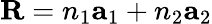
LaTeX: \textbf{R}=n_{1}\textbf{a}_{1}+n_{2}\textbf{a}_{2}